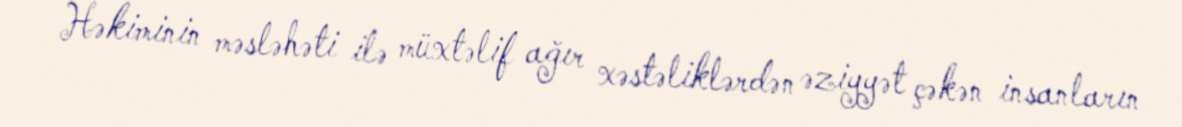
Həkiminin məsləhəti ilə müxtəlif ağır xəstəliklərdən əziyyət çəkən insanların